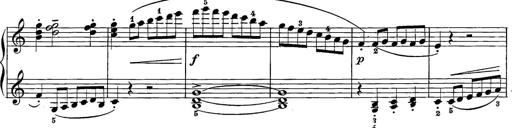
Title: 12 Sonatine per Pianoforte
Composer: Friedrich Kuhlau